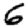
Digit: 6